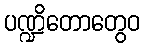
ပဏ္ဍိတောတွေဝ